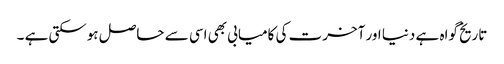
تاریخ گواہ ہے دنیا اور آخرت کی کامیابی بھی اسی سے حاصل ہوسکتی ہے ۔